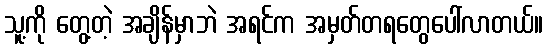
သူ့ကို တွေ့တဲ့ အချိန်မှာဘဲ အရင်က အမှတ်တရတွေပေါ်လာတယ်။